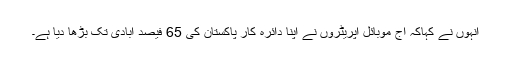
انہوں نے کہاکہ آج موبائل آپریٹروں نے اپنا دائرہ کار پاکستان کی 65 فیصد آبادی تک بڑھا دیا ہے۔